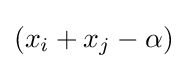
(x_{i}+x_{j}-\alpha )